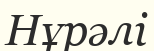
Нұрәлі